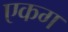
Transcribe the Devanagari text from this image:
एकग